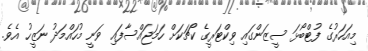
މިއަހަރުގެ ފުޓްބޯޅަ ސީޒަންގައި ވިކްޓަރީގެ ކޯޗަކަށް ހަމަޖައްސާފައި ވަނީ މުހައްމަދު ނަޒީހު އެވެ.